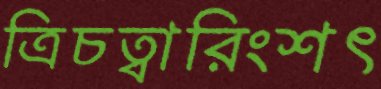
ত্রিচত্বারিংশৎ